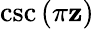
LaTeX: \csc\left(\pi\mathbf{z}\right)